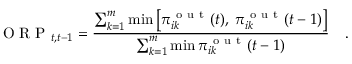
\mathrm { ~ O ~ R ~ P ~ } _ { t , t - 1 } = \frac { \sum _ { k = 1 } ^ { m } \operatorname* { m i n } \left[ \pi _ { i k } ^ { \mathrm { ~ o ~ u ~ t ~ } } ( t ) , \; \pi _ { i k } ^ { \mathrm { ~ o ~ u ~ t ~ } } ( t - 1 ) \right] } { \sum _ { k = 1 } ^ { m } \operatorname* { m i n } \pi _ { i k } ^ { \mathrm { ~ o ~ u ~ t ~ } } ( t - 1 ) } \quad .